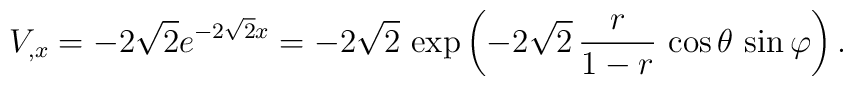
V_{,x} = -2\sqrt{2} e^{-2\sqrt{2} x}    = -2\sqrt{2}\, \exp\left(-2\sqrt{2}\, {r \over 1-r}\, \cos\theta \, \sin\varphi \right).